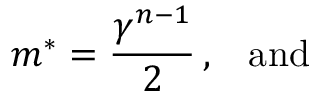
m \sp { * } = { \frac { \gamma \sp { n - 1 } } { 2 } } \, , \; \; \; \mathrm { a n d }